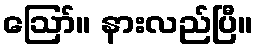
ဪ။ နားလည်ပြီ။